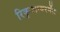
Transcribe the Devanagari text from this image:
रिकुआयरमेंट